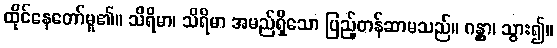
ထိုင်နေတော်မူ၏။ သိရိမာ၊ သိရိမာ အမည်ရှိသော ပြည့်တန်ဆာမသည်။ ဂန္တွာ၊ သွား၍။